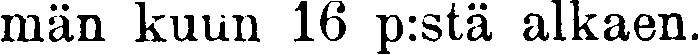
män kuun 16 p:stä alkaen.